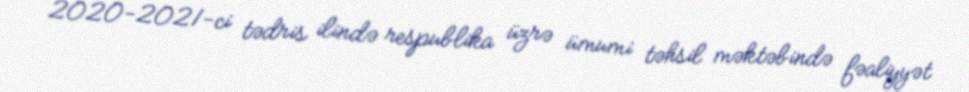
2020-2021-ci tədris ilində respublika üzrə ümumi təhsil məktəbində fəaliyyət